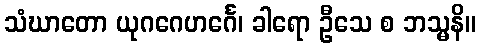
သံဃာတော ယုဂဂေဟင်္ဂေ၊ ခါရော ဦသေ စ ဘသ္မနိ။